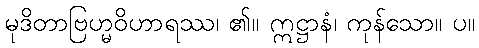
မုဒိတာဗြဟ္မဝိဟာရဿ၊ ၏။ ဣဋ္ဌာနံ၊ ကုန်သော။ ပ။